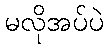
မလိုအပ်ပဲ